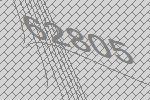
62805